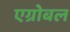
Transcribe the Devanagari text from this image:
एग्रोबल